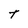
Character: T